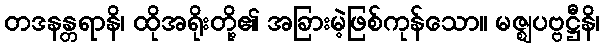
တဒနန္တရာနိ၊ ထိုအရိုးတို့၏ အခြားမဲ့ဖြစ်ကုန်သော။ မဇ္ဈပဗ္ဗဋ္ဌီနိ၊